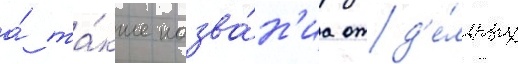
а́ та́кже назва́н'иа отд'е́льных